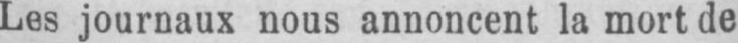
Les journaux nous annoncent la mort de